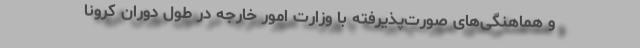
و هماهنگی‌های صورت‌پذیرفته با وزارت امور خارجه در طول دوران کرونا